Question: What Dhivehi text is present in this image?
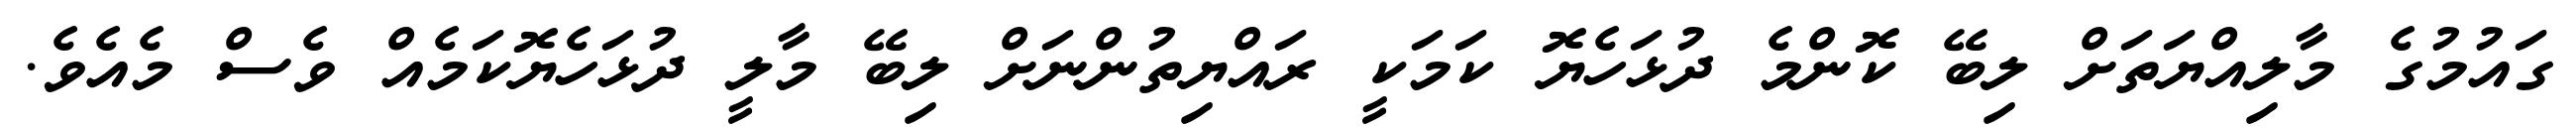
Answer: ގައުމުގެ މާލިއްޔަތަށް ލިބޭ ކޮންމެ ދުޅަހެޔޮ ކަމަކީ ރައްޔިތުންނަށް ލިބޭ މާލީ ދުޅަހެޔޮކަމެއް ވެސް މެއެވެ.